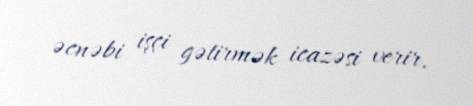
əcnəbi işçi gətirmək icazəsi verir.